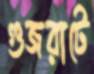
গুজরাটে